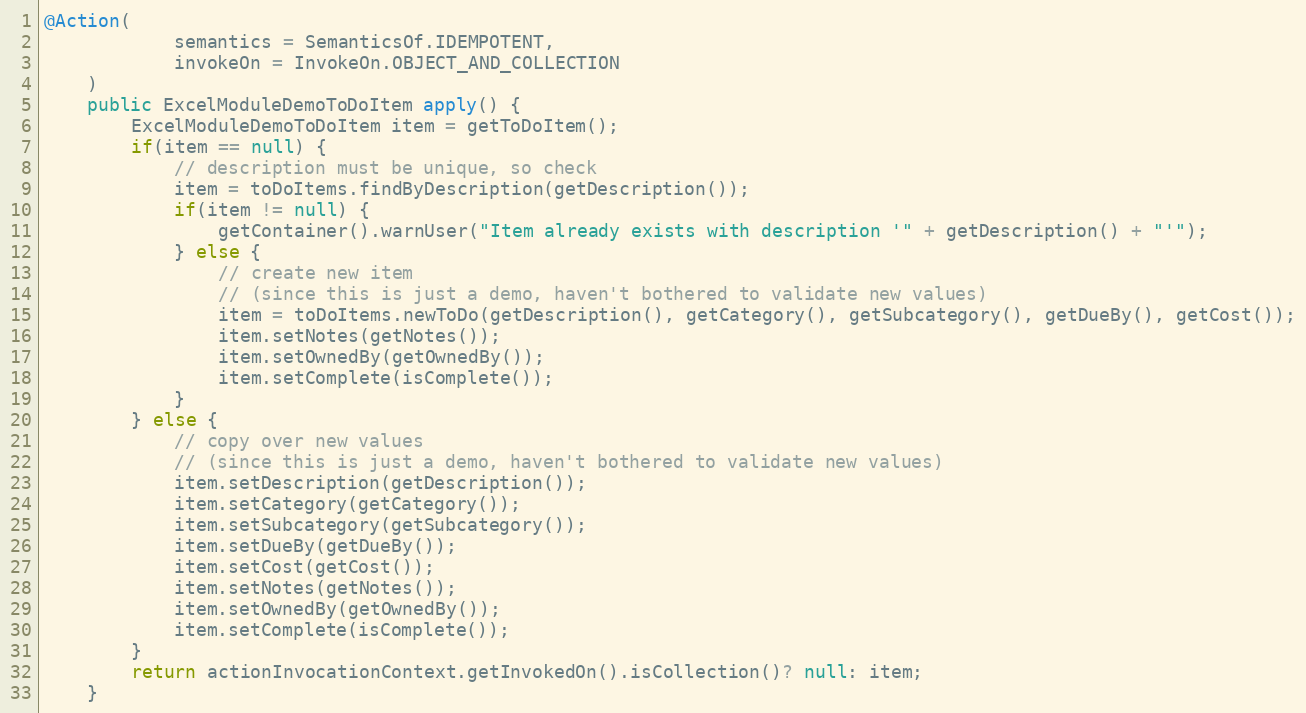
Language: Java
@Action(
            semantics = SemanticsOf.IDEMPOTENT,
            invokeOn = InvokeOn.OBJECT_AND_COLLECTION
    )
    public ExcelModuleDemoToDoItem apply() {
        ExcelModuleDemoToDoItem item = getToDoItem();
        if(item == null) {
            // description must be unique, so check
            item = toDoItems.findByDescription(getDescription());
            if(item != null) {
                getContainer().warnUser("Item already exists with description '" + getDescription() + "'");
            } else {
                // create new item
                // (since this is just a demo, haven't bothered to validate new values)
                item = toDoItems.newToDo(getDescription(), getCategory(), getSubcategory(), getDueBy(), getCost());
                item.setNotes(getNotes());
                item.setOwnedBy(getOwnedBy());
                item.setComplete(isComplete());
            }
        } else {
            // copy over new values
            // (since this is just a demo, haven't bothered to validate new values)
            item.setDescription(getDescription());
            item.setCategory(getCategory());
            item.setSubcategory(getSubcategory());
            item.setDueBy(getDueBy());
            item.setCost(getCost());
            item.setNotes(getNotes());
            item.setOwnedBy(getOwnedBy());
            item.setComplete(isComplete());
        }
        return actionInvocationContext.getInvokedOn().isCollection()? null: item;
    }